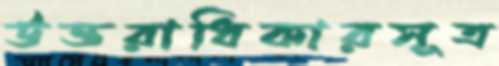
উত্তরাধিকারসূত্র